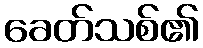
ခေတ်သစ်၏